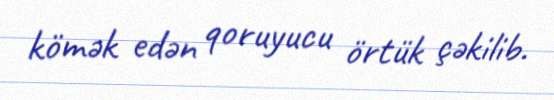
kömək edən qoruyucu örtük çəkilib.